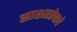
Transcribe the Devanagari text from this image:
साक्षरतेचाचे